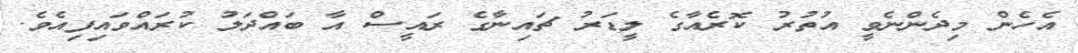
އެހެން މިދެންނެވީ އުތުރު ކޮރެއާގެ ލީޑަރު ޗައިނާގެ ރައީސް އާ ބައްދަލު ކުރައްވައިފިއެވެ.